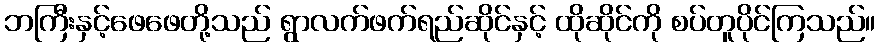
ဘကြီးနှင့်ဖေဖေတို့သည် ရွာလက်ဖက်ရည်ဆိုင်နှင့် ထိုဆိုင်ကို စပ်တူပိုင်ကြသည်။